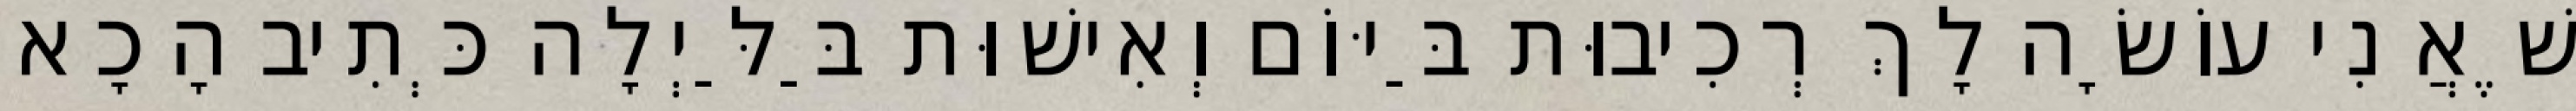
שֶׁאֲנִי עוֹשָׂה לָךְ רְכִיבוּת בַּיּוֹם וְאִישׁוּת בַּלַּיְלָה כְּתִיב הָכָא